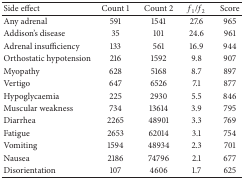
| Side effect | Count 1 | Count 2 | f1/f2 | Score |
 | --- | --- | --- | --- | --- |
 | Any adrenal | 591 | 1541 | 27.6 | 965 |
 | Addison's disease | 35 | 101 | 24.6 | 961 |
 | Adrenal insufficiency | 133 | 561 | 16.9 | 944 |
 | Orthostatic hypotension | 216 | 1592 | 9.8 | 907 |
 | Myopathy | 628 | 5168 | 8.7 | 897 |
 | Vertigo | 647 | 6526 | 7.1 | 877 |
 | Hypoglycaemia | 225 | 2930 | 5.5 | 846 |
 | Muscular weakness | 734 | 13614 | 3.9 | 795 |
 | Diarrhea | 2265 | 48901 | 3.3 | 769 |
 | Fatigue | 2653 | 62014 | 3.1 | 754 |
 | Vomiting | 1594 | 48934 | 2.3 | 701 |
 | Nausea | 2186 | 74796 | 2.1 | 677 |
 | Disorientation | 107 | 4606 | 1.7 | 625 |